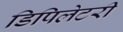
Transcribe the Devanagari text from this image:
डिपिलेटरी